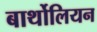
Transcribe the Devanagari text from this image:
बार्थोलियन